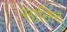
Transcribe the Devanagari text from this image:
सालित